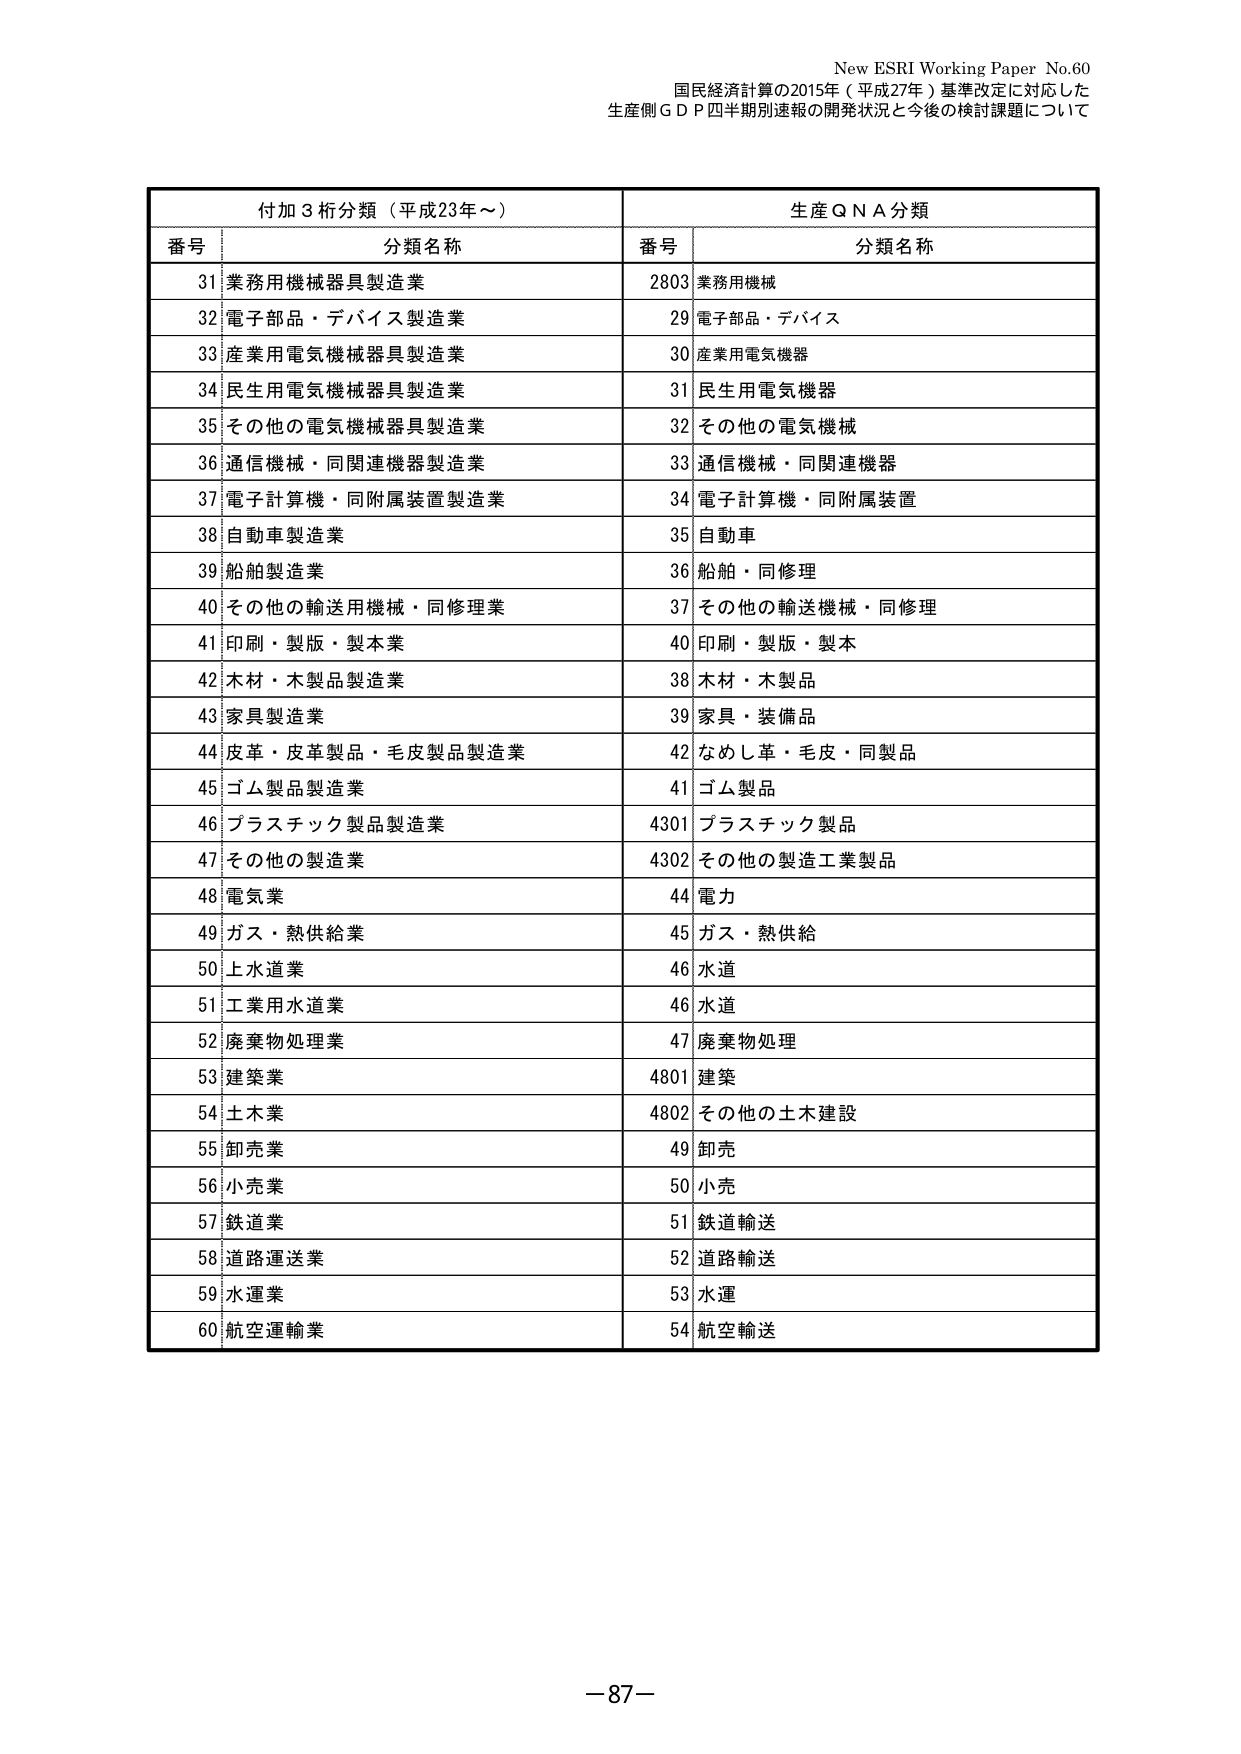
New ESRI Working Paper No.60
国民経済計算の2015年（平成27年）基準改定に対応した
生産側ＧＤＰ四半期別速報の開発状況と今後の検討課題について

付加３桁分類（平成23年～）
番号 分類名称
31 業務用機械器具製造業
32 電子部品・デバイス製造業
33 産業用電気機械器具製造業
34 民生用電気機械器具製造業
35 その他の電気機械器具製造業
36 通信機械・同関連機器製造業
37 電子計算機・同附属装置製造業
38 自動車製造業
39 船舶製造業
40 その他の輸送用機械・同修理業
41 印刷・製版・製本業
42 木材・木製品製造業
43 家具製造業
44 皮革・皮革製品・毛皮製品製造業
45 ゴム製品製造業
46 プラスチック製品製造業
47 その他の製造業
48 電気業
49 ガス・熱供給業
50 上水道業
51 工業用水道業
52 廃棄物処理業
53 建築業
54 土木業
55 卸売業
56 小売業
57 鉄道業
58 道路運送業
59 水運業
60 航空運輸業

生産ＱＮＡ分類
番号 分類名称
2803 業務用機械
29 電子部品・デバイス
30 産業用電気機器
31 民生用電気機器
32 その他の電気機械
33 通信機械・同関連機器
34 電子計算機・同附属装置
35 自動車
36 船舶・同修理
37 その他の輸送機械・同修理
40 印刷・製版・製本
38 木材・木製品
39 家具・装備品
42 なめし革・毛皮・同製品
41 ゴム製品
4301 プラスチック製品
4302 その他の製造工業製品
44 電力
45 ガス・熱供給
46 水道
46 水道
47 廃棄物処理
4801 建築
4802 その他の土木建設
49 卸売
50 小売
51 鉄道輸送
52 道路輸送
53 水運
54 航空輸送

－87－